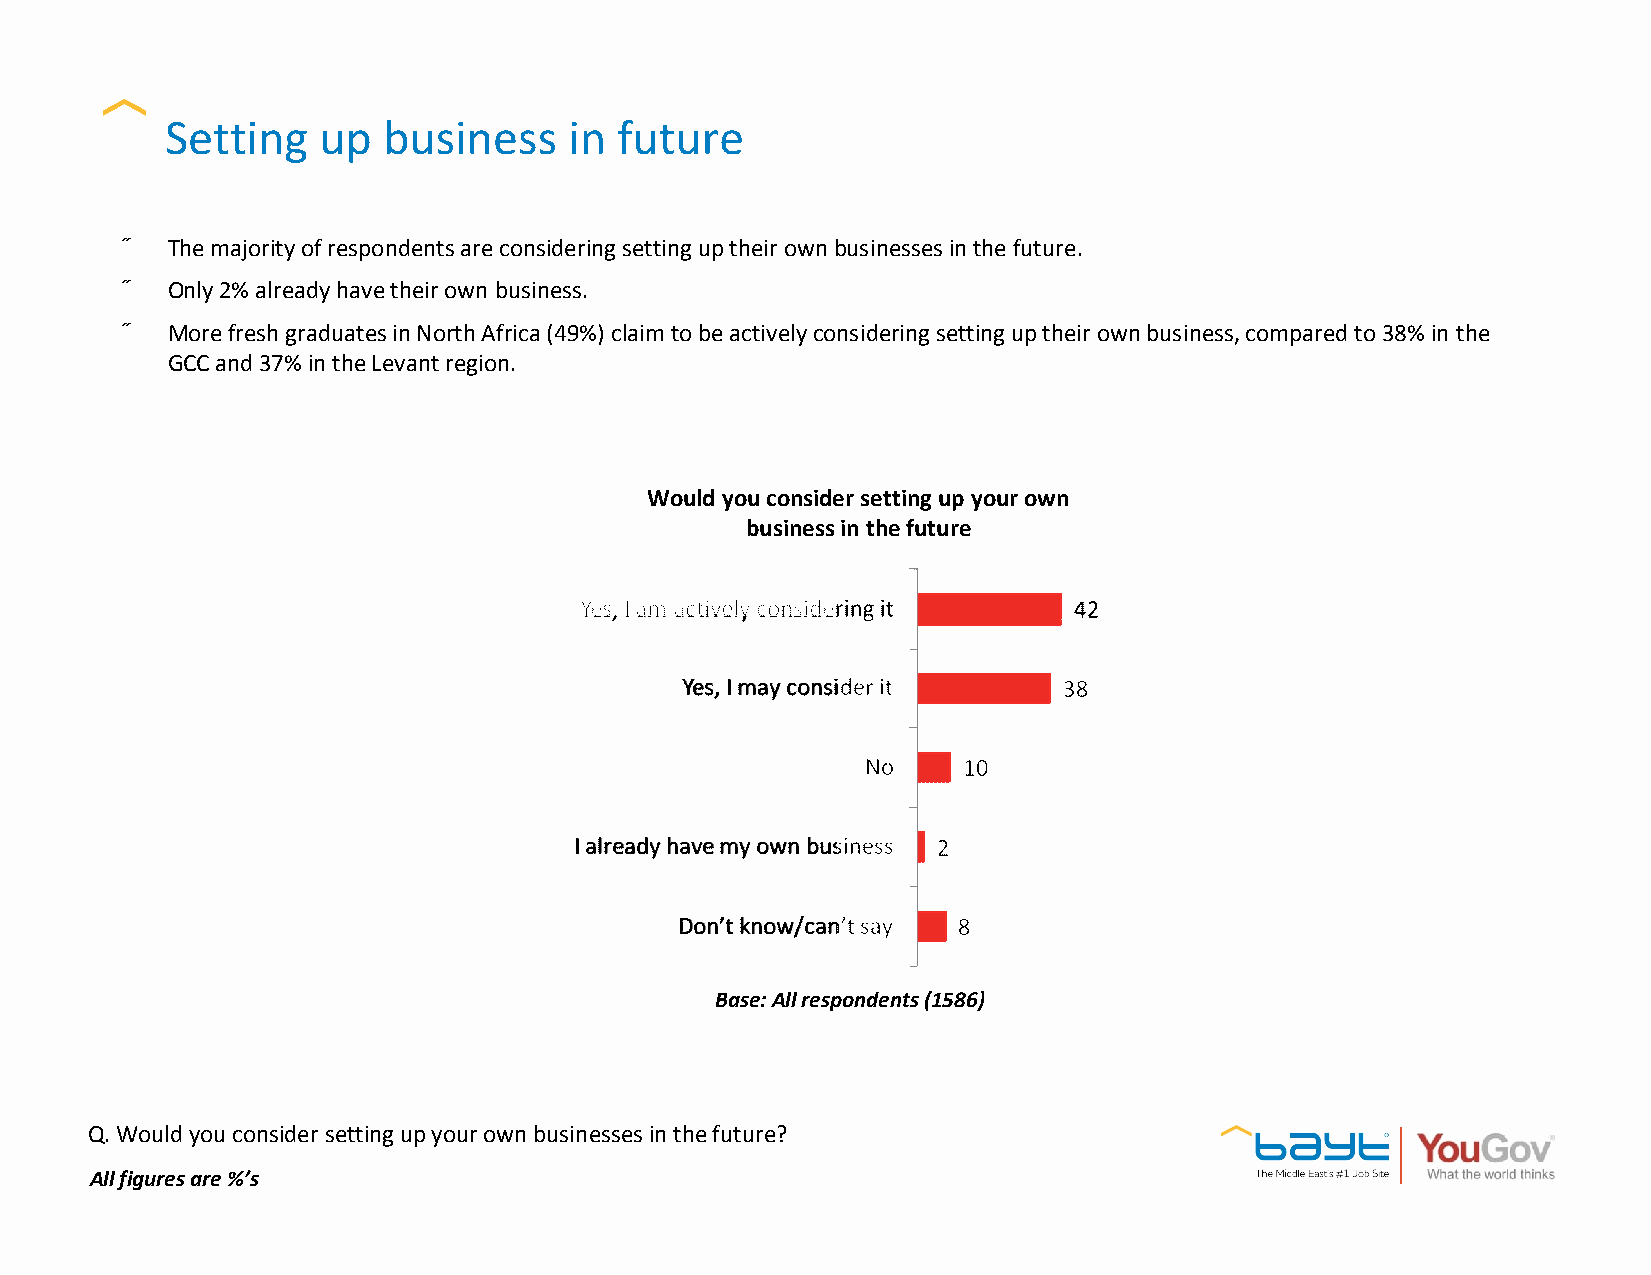
Setting   up  business     in future
 •  The majority of respondents are considering setting up their ownbusinesses in the future.
 •  Only 2% already have their own business.
 •  More fresh graduates in North Africa (49%) claim to be actively considering setting up their own business, compared to 38% in the
 GCC and 37% in the Levant region.
 Would you consider setting up your own
 business in the future
 Base: All respondents (1586)
 Q. Would you consider setting up your own businesses in the future?
 All figures are %’s